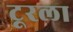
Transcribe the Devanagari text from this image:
टूरला